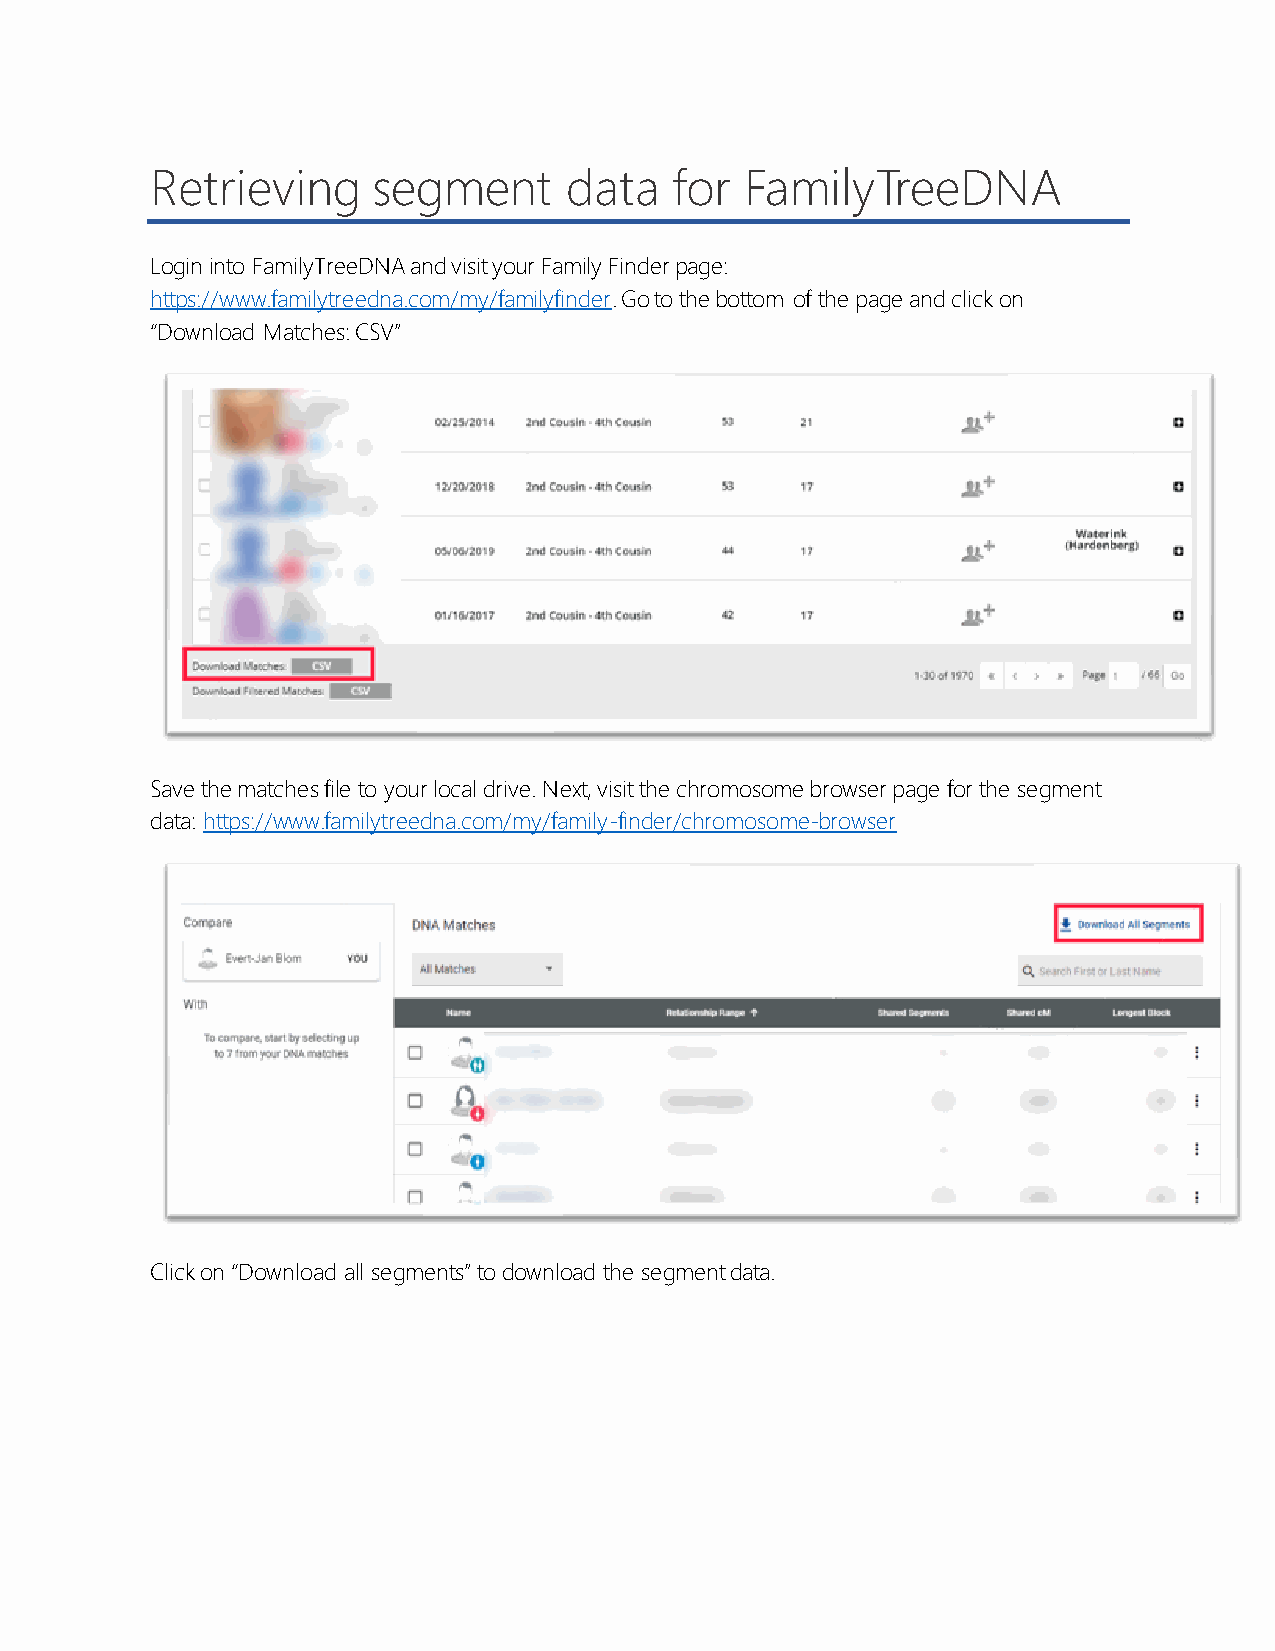
Retrieving     segment     data    for FamilyTreeDNA
 Login into FamilyTreeDNA and visit your Family Finder page:
 https://www.familytreedna.com/my/familyfinder. Go to the bottom of the page and click on
 “Download Matches: CSV”
 Save the matches file to your local drive. Next, visit the chromosome browser page for the segment
 data: https://www.familytreedna.com/my/family-finder/chromosome-browser
 Click on “Download all segments” to download the segment data.